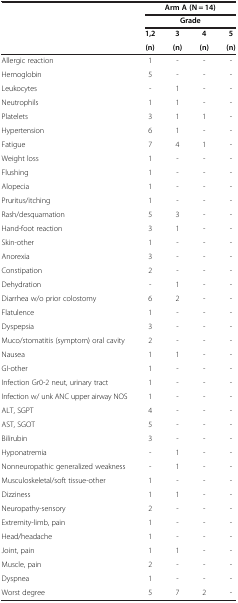
<table><thead><tr><td><b> </b></td><td colspan="4"><b>Arm A (N = 14)</b></td></tr><tr><td><b> </b></td><td colspan="4"><b>Grade</b></td></tr><tr><td><b> </b></td><td><b>1,2</b></td><td><b>3</b></td><td><b>4</b></td><td><b>5</b></td></tr><tr><td><b> </b></td><td><b>(n)</b></td><td><b>(n)</b></td><td><b>(n)</b></td><td><b>(n)</b></td></tr></thead><tbody><tr><td>Allergic reaction</td><td>1</td><td>-</td><td>-</td><td>-</td></tr><tr><td>Hemoglobin</td><td>5</td><td>-</td><td>-</td><td>-</td></tr><tr><td>Leukocytes</td><td>-</td><td>1</td><td>-</td><td>-</td></tr><tr><td>Neutrophils</td><td>1</td><td>1</td><td>-</td><td>-</td></tr><tr><td>Platelets</td><td>3</td><td>1</td><td>1</td><td>-</td></tr><tr><td>Hypertension</td><td>6</td><td>1</td><td>-</td><td>-</td></tr><tr><td>Fatigue</td><td>7</td><td>4</td><td>1</td><td>-</td></tr><tr><td>Weight loss</td><td>1</td><td>-</td><td>-</td><td>-</td></tr><tr><td>Flushing</td><td>1</td><td>-</td><td>-</td><td>-</td></tr><tr><td>Alopecia</td><td>1</td><td>-</td><td>-</td><td>-</td></tr><tr><td>Pruritus/itching</td><td>1</td><td>-</td><td>-</td><td>-</td></tr><tr><td>Rash/desquamation</td><td>5</td><td>3</td><td>-</td><td>-</td></tr><tr><td>Hand-foot reaction</td><td>3</td><td>1</td><td>-</td><td>-</td></tr><tr><td>Skin-other</td><td>1</td><td>-</td><td>-</td><td>-</td></tr><tr><td>Anorexia</td><td>3</td><td>-</td><td>-</td><td>-</td></tr><tr><td>Constipation</td><td>2</td><td>-</td><td>-</td><td>-</td></tr><tr><td>Dehydration</td><td>-</td><td>1</td><td>-</td><td>-</td></tr><tr><td>Diarrhea w/o prior colostomy</td><td>6</td><td>2</td><td>-</td><td>-</td></tr><tr><td>Flatulence</td><td>1</td><td>-</td><td>-</td><td>-</td></tr><tr><td>Dyspepsia</td><td>3</td><td>-</td><td>-</td><td>-</td></tr><tr><td>Muco/stomatitis (symptom) oral cavity</td><td>2</td><td>-</td><td>-</td><td>-</td></tr><tr><td>Nausea</td><td>1</td><td>1</td><td>-</td><td>-</td></tr><tr><td>GI-other</td><td>1</td><td>-</td><td>-</td><td>-</td></tr><tr><td>Infection Gr0-2 neut, urinary tract</td><td>1</td><td>-</td><td>-</td><td>-</td></tr><tr><td>Infection w/ unk ANC upper airway NOS</td><td>1</td><td>-</td><td>-</td><td>-</td></tr><tr><td>ALT, SGPT</td><td>4</td><td>-</td><td>-</td><td>-</td></tr><tr><td>AST, SGOT</td><td>5</td><td>-</td><td>-</td><td>-</td></tr><tr><td>Bilirubin</td><td>3</td><td>-</td><td>-</td><td>-</td></tr><tr><td>Hyponatremia</td><td>-</td><td>1</td><td>-</td><td>-</td></tr><tr><td>Nonneuropathic generalized weakness</td><td>-</td><td>1</td><td>-</td><td>-</td></tr><tr><td>Musculoskeletal/soft tissue-other</td><td>1</td><td>-</td><td>-</td><td>-</td></tr><tr><td>Dizziness</td><td>1</td><td>1</td><td>-</td><td>-</td></tr><tr><td>Neuropathy-sensory</td><td>2</td><td>-</td><td>-</td><td>-</td></tr><tr><td>Extremity-limb, pain</td><td>1</td><td>-</td><td>-</td><td>-</td></tr><tr><td>Head/headache</td><td>1</td><td>-</td><td>-</td><td>-</td></tr><tr><td>Joint, pain</td><td>1</td><td>1</td><td>-</td><td>-</td></tr><tr><td>Muscle, pain</td><td>2</td><td>-</td><td>-</td><td>-</td></tr><tr><td>Dyspnea</td><td>1</td><td>-</td><td>-</td><td>-</td></tr><tr><td>Worst degree</td><td>5</td><td>7</td><td>2</td><td>-</td></tr></tbody></table>